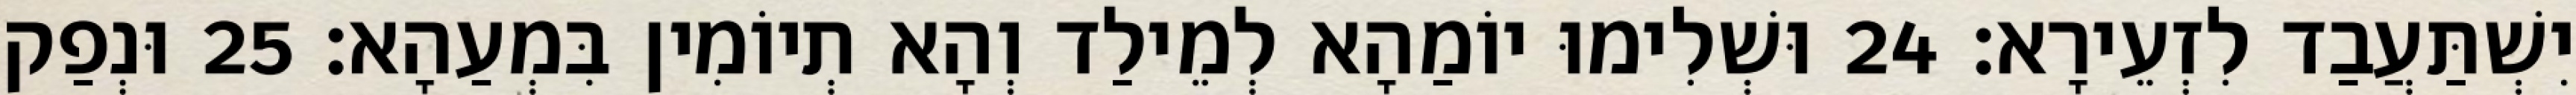
יִשְׁתַּעֲבַד לִזְעֵירָא׃ 24 וּשְׁלִימוּ יוֹמַהָא לְמֵילַד וְהָא תְיוֹמִין בִּמְעַהָא׃ 25 וּנְפַק